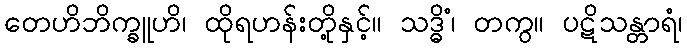
တေဟိဘိက္ခူဟိ၊ ထိုရဟန်းတို့နှင့်။ သဒ္ဓိံ၊ တကွ။ ပဋိသန္တာရံ၊